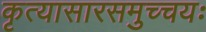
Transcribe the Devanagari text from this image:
कृत्यासारसमुच्चयः